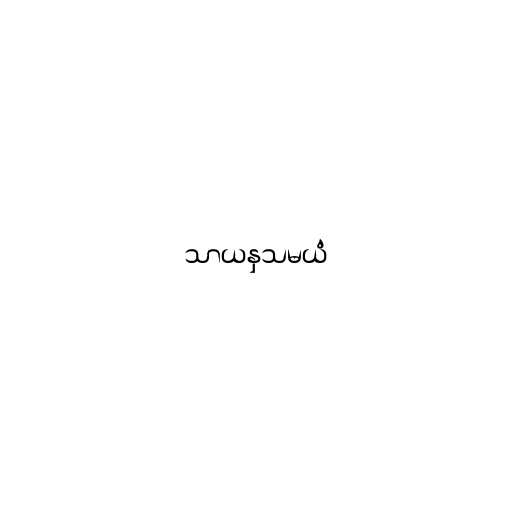
သာယနှသမယံ